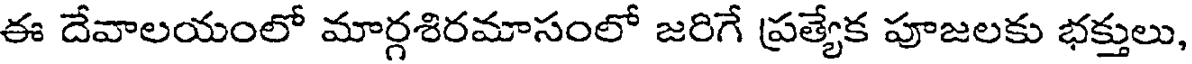
ఈ దేవాలయంలో మార్గశిరమాసంలో జరిగే ప్రత్యేక పూజలకు భక్తులు,